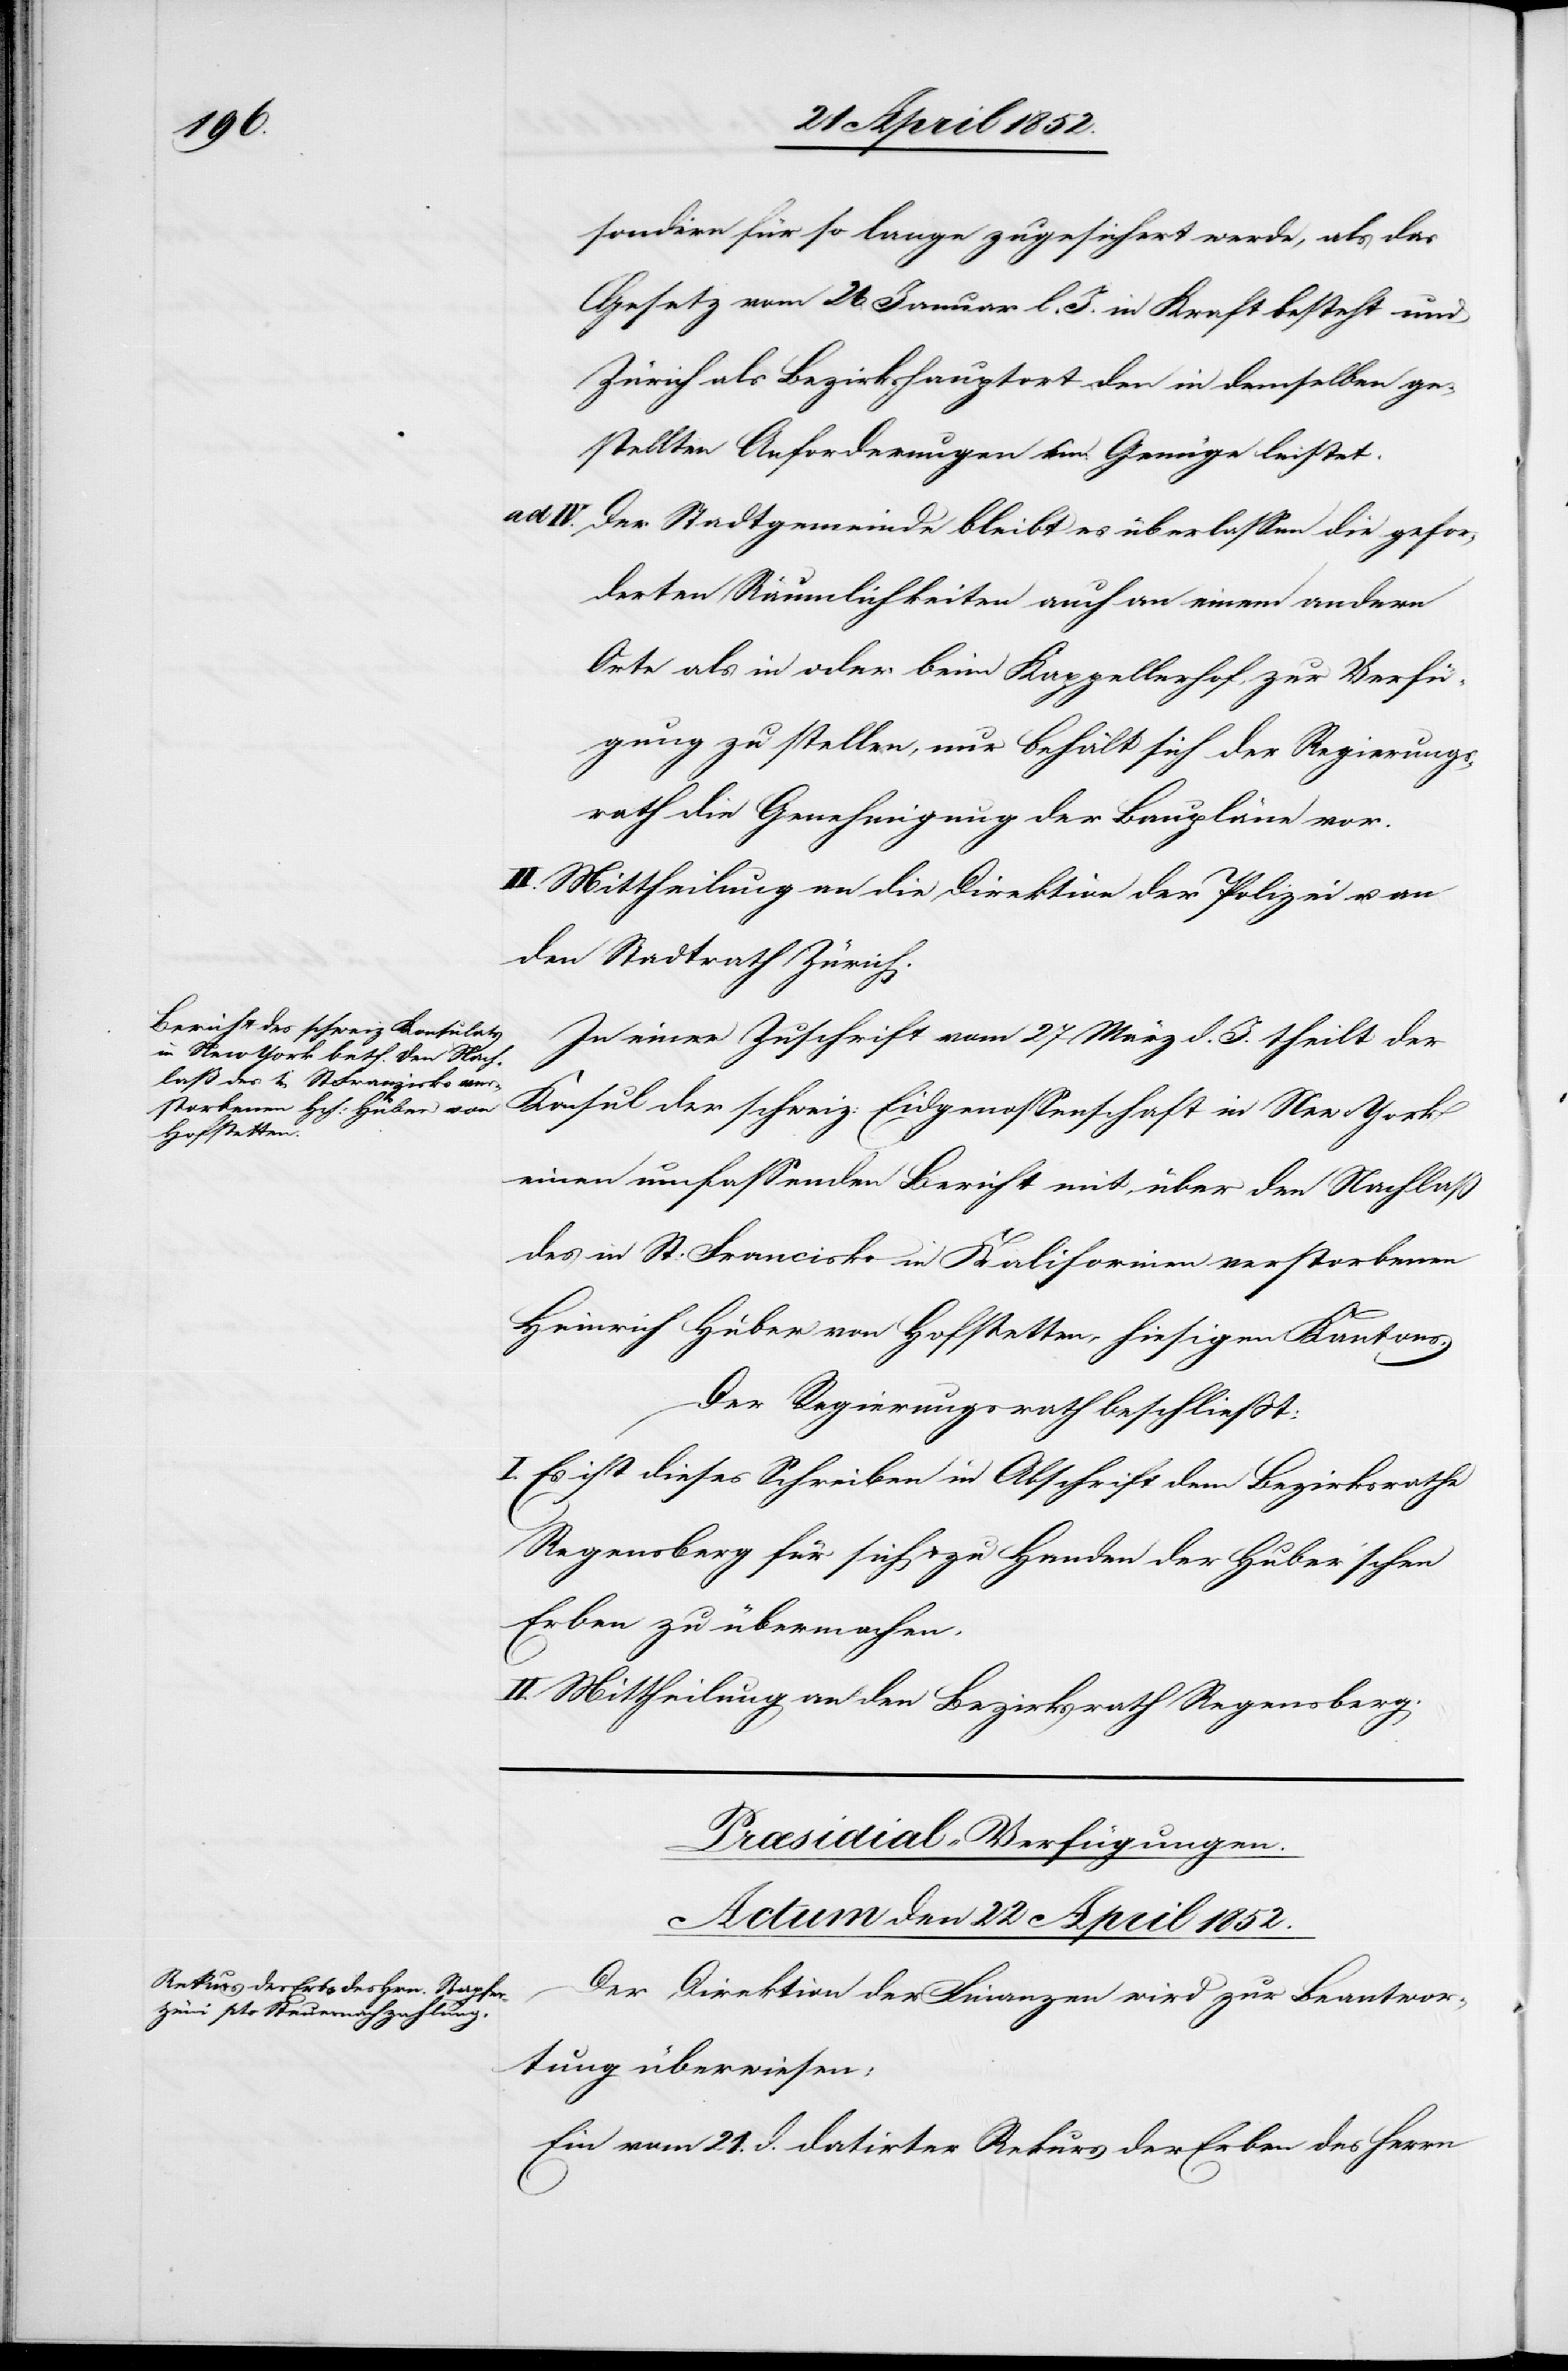
sondern für so lange zugesichert werde, als das
Gesetz vom 26 Januar l. J. in Kraft besteht und
Zürich als Bezirkshauptort den in demselben ge¬
stellten Anforderungen ein Genüge leistet.
ad IV.
Der Stadtgemeinde bleibt es überlassen die gefor¬
derten Räumlichkeiten auch an einem andern
Orte als in oder beim Kappelerhof zur Verfü¬
gung zu stellen, nur behält sich der Regierungs¬
rath die Genehmigung der Baupläne vor.
II. Mittheilung an die Direktion der Polizei u. an
den Stadtrath Zürich.
In einer Zuschrift vom 27 März d. J. theilt der
Konsul der schweiz: Eidgenossenschaft in New York
einen umfassenden Bericht mit über den Nachlaß
des in St. Francisko in Kalifornien verstorbenen
Heinrich Huber von Hofstetten, hiesigen Kantons.
Der Regierungsrath beschliesst:
I. Es ist dieses Schreiben in Abschrift dem Bezirksrathe
Regensberg für sich & zu Handen der Huber’schen
Erben zu übermachen.
II. Mittheilung an den Bezirksrath Regensberg.
Præsidial-Verfügungen.
Actum den 22 April 1852.
Der Direktion der Finanzen wird zur Beantwor¬
tung überwiesen:
Ein vom 21. d. datirter Rekurs der Erben des Herrn